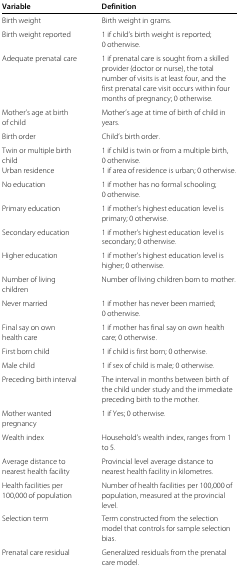
<table><thead><tr><td><b>Variable</b></td><td><b>Definition</b></td></tr></thead><tbody><tr><td>Birth weight</td><td>Birth weight in grams.</td></tr><tr><td>Birth weight reported</td><td>1 if child’s birth weight is reported;</td></tr><tr><td></td><td>0 otherwise.</td></tr><tr><td>Adequate prenatal care</td><td>1 if prenatal care is sought from a skilled</td></tr><tr><td></td><td>provider (doctor or nurse), the total</td></tr><tr><td></td><td>number of visits is at least four, and the</td></tr><tr><td></td><td>first prenatal care visit occurs within four</td></tr><tr><td></td><td>months of pregnancy; 0 otherwise.</td></tr><tr><td>Mother’s age at birth</td><td>Mother’s age at time of birth of child in</td></tr><tr><td>of child</td><td>years.</td></tr><tr><td>Birth order</td><td>Child’s birth order.</td></tr><tr><td>Twin or multiple birth</td><td>1 if child is twin or from a multiple birth,</td></tr><tr><td>child</td><td>0 otherwise.</td></tr><tr><td>Urban residence</td><td>1 if area of residence is urban; 0 otherwise.</td></tr><tr><td>No education</td><td>1 if mother has no formal schooling;</td></tr><tr><td></td><td>0 otherwise.</td></tr><tr><td>Primary education</td><td>1 if mother’s highest education level is</td></tr><tr><td></td><td>primary; 0 otherwise.</td></tr><tr><td>Secondary education</td><td>1 if mother’s highest education level is</td></tr><tr><td></td><td>secondary; 0 otherwise.</td></tr><tr><td>Higher education</td><td>1 if mother’s highest education level is</td></tr><tr><td></td><td>higher; 0 otherwise.</td></tr><tr><td>Number of living</td><td>Number of living children born to mother.</td></tr><tr><td>children</td><td></td></tr><tr><td>Never married</td><td>1 if mother has never been married;</td></tr><tr><td></td><td>0 otherwise.</td></tr><tr><td>Final say on own</td><td>1 if mother has final say on own health</td></tr><tr><td>health care</td><td>care; 0 otherwise.</td></tr><tr><td>First born child</td><td>1 if child is first born; 0 otherwise.</td></tr><tr><td>Male child</td><td>1 if sex of child is male; 0 otherwise.</td></tr><tr><td>Preceding birth interval</td><td>The interval in months between birth of</td></tr><tr><td></td><td>the child under study and the immediate</td></tr><tr><td></td><td>preceding birth to the mother.</td></tr><tr><td>Mother wanted</td><td>1 if Yes; 0 otherwise.</td></tr><tr><td>pregnancy</td><td></td></tr><tr><td>Wealth index</td><td>Household’s wealth index, ranges from 1</td></tr><tr><td></td><td>to 5.</td></tr><tr><td>Average distance to</td><td>Provincial level average distance to</td></tr><tr><td>nearest health facility</td><td>nearest health facility in kilometres.</td></tr><tr><td>Health facilities per</td><td>Number of health facilities per 100,000 of</td></tr><tr><td>100,000 of population</td><td>population, measured at the provincial</td></tr><tr><td></td><td>level.</td></tr><tr><td>Selection term</td><td>Term constructed from the selection</td></tr><tr><td></td><td>model that controls for sample selection</td></tr><tr><td></td><td>bias.</td></tr><tr><td>Prenatal care residual</td><td>Generalized residuals from the prenatal</td></tr><tr><td></td><td>care model.</td></tr></tbody></table>